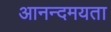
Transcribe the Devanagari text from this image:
आनन्दमयता